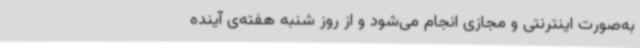
به‌صورت اینترنتی و مجازی انجام می‌شود و از روز شنبه هفته‌ی آینده